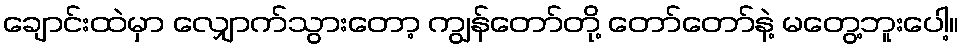
ချောင်းထဲမှာ လျှောက်သွားတော့ ကျွန်တော်တို့ တော်တော်နဲ့ မတွေ့ဘူးပေါ့။